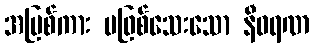
အပြစ်ကား မဖြစ်သေးသော နီဝရဏ